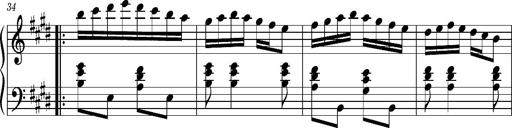
Title: Ungarischer Romanzero
Composer: Franz Liszt